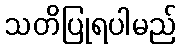
သတိပြုရပါမည်